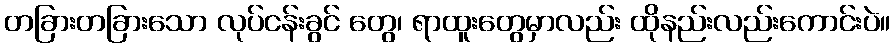
တခြားတခြားသော လုပ်ငန်းခွင် တွေ၊ ရာထူးတွေမှာလည်း ထိုနည်းလည်းကောင်းပဲ။